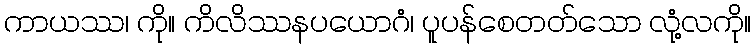
ကာယဿ၊ ကို။ ကိလိဿနပယောဂံ၊ ပူပန်စေတတ်သော လုံ့လကို။